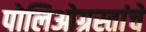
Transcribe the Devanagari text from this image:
पोलिओग्रस्तांचे